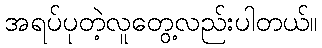
အရပ်ပုတဲ့လူတွေ့လည်းပါတယ်။